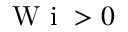
\textrm { W i } > 0